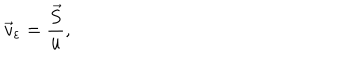
LaTeX: \vec { v } _ { \varepsilon } = \frac { \vec { S } } { u } ,